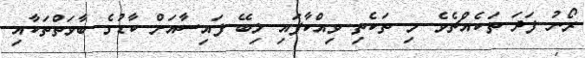
ރޯނު ފަދަ ތަކެއްޗެވެ. މި ތަކެތި ވިއްކާފައި ލިބޭ ފައިސާއަށް ކާޑުގެ ބާވަތްތަކާއި